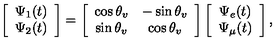
\left[ \begin{array} { c c } { \Psi _ { 1 } ( t ) } \\ { \Psi _ { 2 } ( t ) } \\ \end{array} \right] = \left[ \begin{array} { c c } { \cos { \theta _ { v } } } & { - \sin { \theta _ { v } } } \\ { \sin { \theta _ { v } } } & { \cos { \theta _ { v } } } \\ \end{array} \right] \left[ \begin{array} { c c } { \Psi _ { e } ( t ) } \\ { \Psi _ { \mu } ( t ) } \\ \end{array} \right] ,